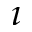
\imath